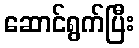
ဆောင်ရွက်ပြီး